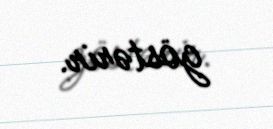
göstərir.